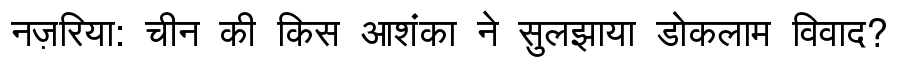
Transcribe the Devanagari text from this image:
नज़रिया: चीन की किस आशंका ने सुलझाया डोकलाम विवाद?